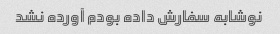
نوشابه سفارش داده بودم آورده نشد